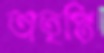
অতৃপ্তি